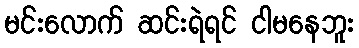
မင်းလောက် ဆင်းရဲရင် ငါမနေဘူး